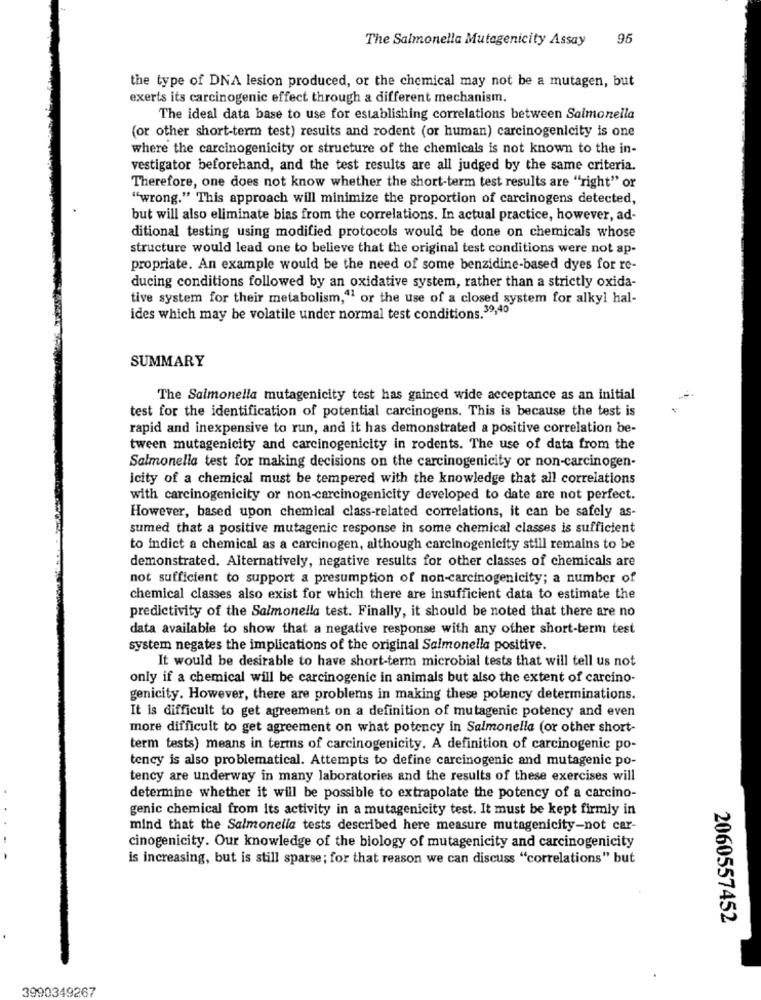
The Salmonella Mutagenicity Assay
95
the type of DNA lesion produced, or the chemical may not be a mutagen, but
exerts its carcinogenic effect through a different mechanism.
The ideal data base to use for establishing correlations between Salmonella
(or other short-term test) resuits and rodent (or human) carcinogenicity is one
where the carcinogenicity or structure of the chemicals is not known to the in-
vestigator beforehand, and the test results are all judged by the same criteria.
Therefore, one does not know whether the short-term test results are "right" or
"wrong." This approach will minimize the proportion of carcinogens detected,
but will also eliminate bias from the correlations. In actual practice, however, ad-
ditional testing using modified protocols would be done on chemicals whose
structure would lead one to believe that the original test conditions were not ap-
propriate. An example would be the need of some benzidine-based dyes for re-
ducing conditions followed by an oxidative system, rather than a strictly oxida-
tive system for their metabolism,41 or the use of a closed system for alkyl hal-
ides which may be volatile under normal test conditions.39,40
SUMMARY
The Salmonella mutagenicity test has gained wide acceptance as an initial
test for the identification of potential carcinogens. This is because the test is
rapid and inexpensive to run, and it has demonstrated a positive correlation be-
tween mutagenicity and carcinogenicity in rodents. The use of data from the
Salmonella test for making decisions on the carcinogenicity or non-carcinogen-
icity of a chemical must be tempered with the knowledge that all correlations
with carcinogenicity or non-carcinogenicity developed to date are not perfect.
However, based upon chemical class-related correlations, it can be safely as-
sumed that a positive mutagenic response in some chemical classes is sufficient
to indict a chemical as a carcinogen, although carcinogenicity still remains to be
demonstrated. Alternatively, negative results for other classes of chemicals are
not sufficient to support a presumption of non-carcinogenicity; a number of
chemical classes also exist for which there are insufficient data to estimate the
predictivity of the Salmonella test. Finally, it should be noted that there are no
data available to show that a negative response with any other short-term test
system negates the implications of the original Salmonella positive.
It would be desirable to have short-term microbial tests that will tell us not
only if a chemical will be carcinogenic in animals but also the extent of carcino-
genicity. However, there are problems in making these potency determinations.
It is difficult to get agreement on a definition of mutagenic potency and even
more difficult to get agreement on what potency in Salmonella (or other short-
term tests) means in terms of carcinogenicity. A definition of carcinogenic po-
tency is also problematical. Attempts to define carcinogenic and mutagenic po-
tency are underway in many laboratories and the results of these exercises will
determine whether it will be possible to extrapolate the potency of a carcino-
genic chemical from its activity in a mutagenicity test. It must be kept firmly in
mind that the Salmonella tests described here measure mutagenicity-not car-
cinogenicity. Our knowledge of the biology of mutagenicity and carcinogenicity
is increasing, but is still sparse; for that reason we can discuss "correlations" but
2060557452
3990349267